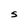
Character: S